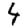
Digit: 4